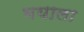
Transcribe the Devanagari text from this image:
भयाला